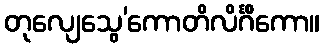
တုလျေသွေ’ကောတိလိင်္ဂိကော။